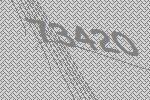
73420